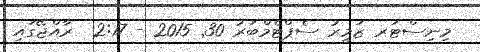
މިނިސްޓަރ ޒަމީރު ސެޕްޓެމްބަރު 30